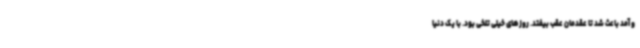
و آمد باعث شد تا عقدمان عقب بیفتد. روزهای خیلی تلخی بود. با یک دنیا